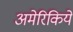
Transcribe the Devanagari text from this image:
अमेरिकियें